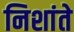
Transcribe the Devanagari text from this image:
निशांते